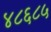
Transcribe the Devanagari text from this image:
४८६८५